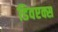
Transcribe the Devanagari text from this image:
डिवएक्स